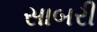
સાબરી